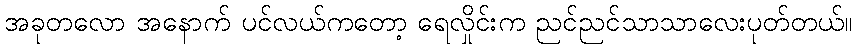
အခုတလော အနောက် ပင်လယ်ကတော့ ရေလှိုင်းက ညင်ညင်သာသာလေးပုတ်တယ်။